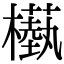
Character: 𣞕